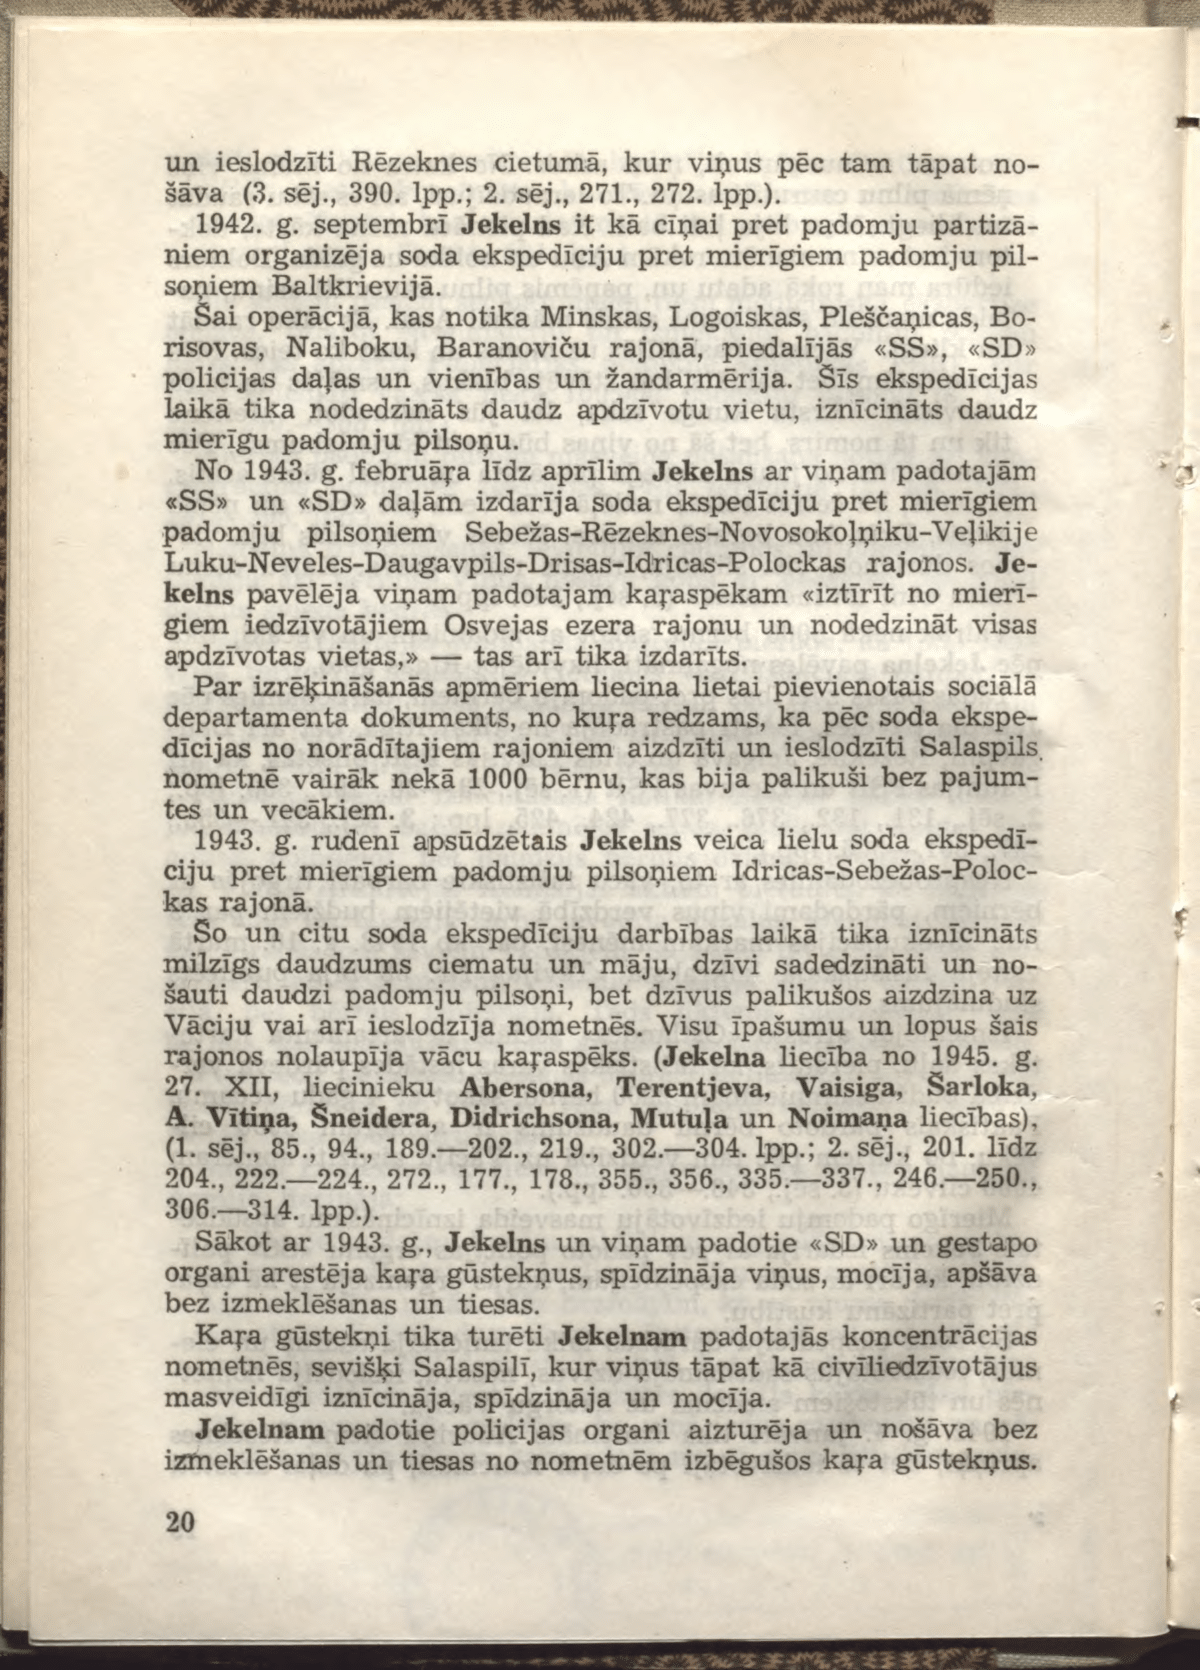
Language: lv